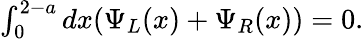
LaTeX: \begin{array}{r}{\int_{0}^{2-a}dx(\Psi_{L}(x)+\Psi_{R}(x))=0.}\end{array}